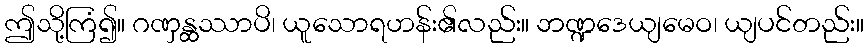
ဤသို့ကြံ၍။ ဂဏှန္ထဿာပိ၊ ယူသောရဟန်း၏လည်း။ ဘဏ္ဍဒေယျမေဝ၊ ယျပင်တည်း။